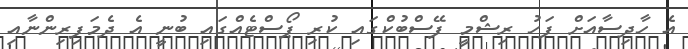
އެ ހާދިސާއަށް ފަހު ރިޝްމީ ފޭސްބުކްގައި ކުރި ޕޯސްޓެއްގައި ބުނީ އެ ދެމަފިރިންނާއި